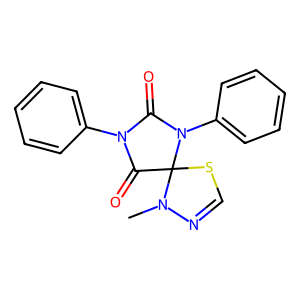
SMILES: CN1N=CSC12C(=O)N(c1ccccc1)C(=O)N2c1ccccc1
Inhibits HIV replication: No